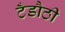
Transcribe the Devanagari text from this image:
टँडौठी